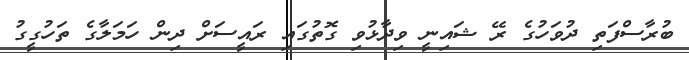
ބުރާސްފަތި ދުވަހުގެ ރޭ ޝައިނީ ވިދާޅުވި ގޮތުގައި ރައީސަށް ދިން ހަމަލާގެ ތަހުގީގު